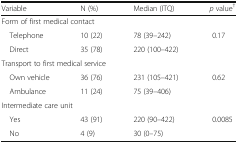
| Variable | N (%) | Median (ITQ) | p value† |
 | --- | --- | --- | --- |
 | <COLSPAN=4> Form of first medical contact |
 | Telephone | 10 (22) | 78 (39–242) | 0.17 |
 | Direct | 35 (78) | 220 (100–422) |  |
 | <COLSPAN=4> Transport to first medical service |
 | Own vehicle | 36 (76) | 231 (105–421) | 0.62 |
 | Ambulance | 11 (24) | 75 (39–406) |  |
 | <COLSPAN=4> Intermediate care unit |
 | Yes | 43 (91) | 220 (90–422) | 0.0085 |
 | No | 4 (9) | 30 (0–75) |  |